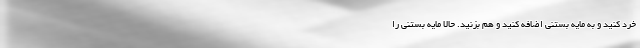
خرد کنید و به مایه بستنی اضافه کنید و هم بزنید. حالا مایه بستنی را